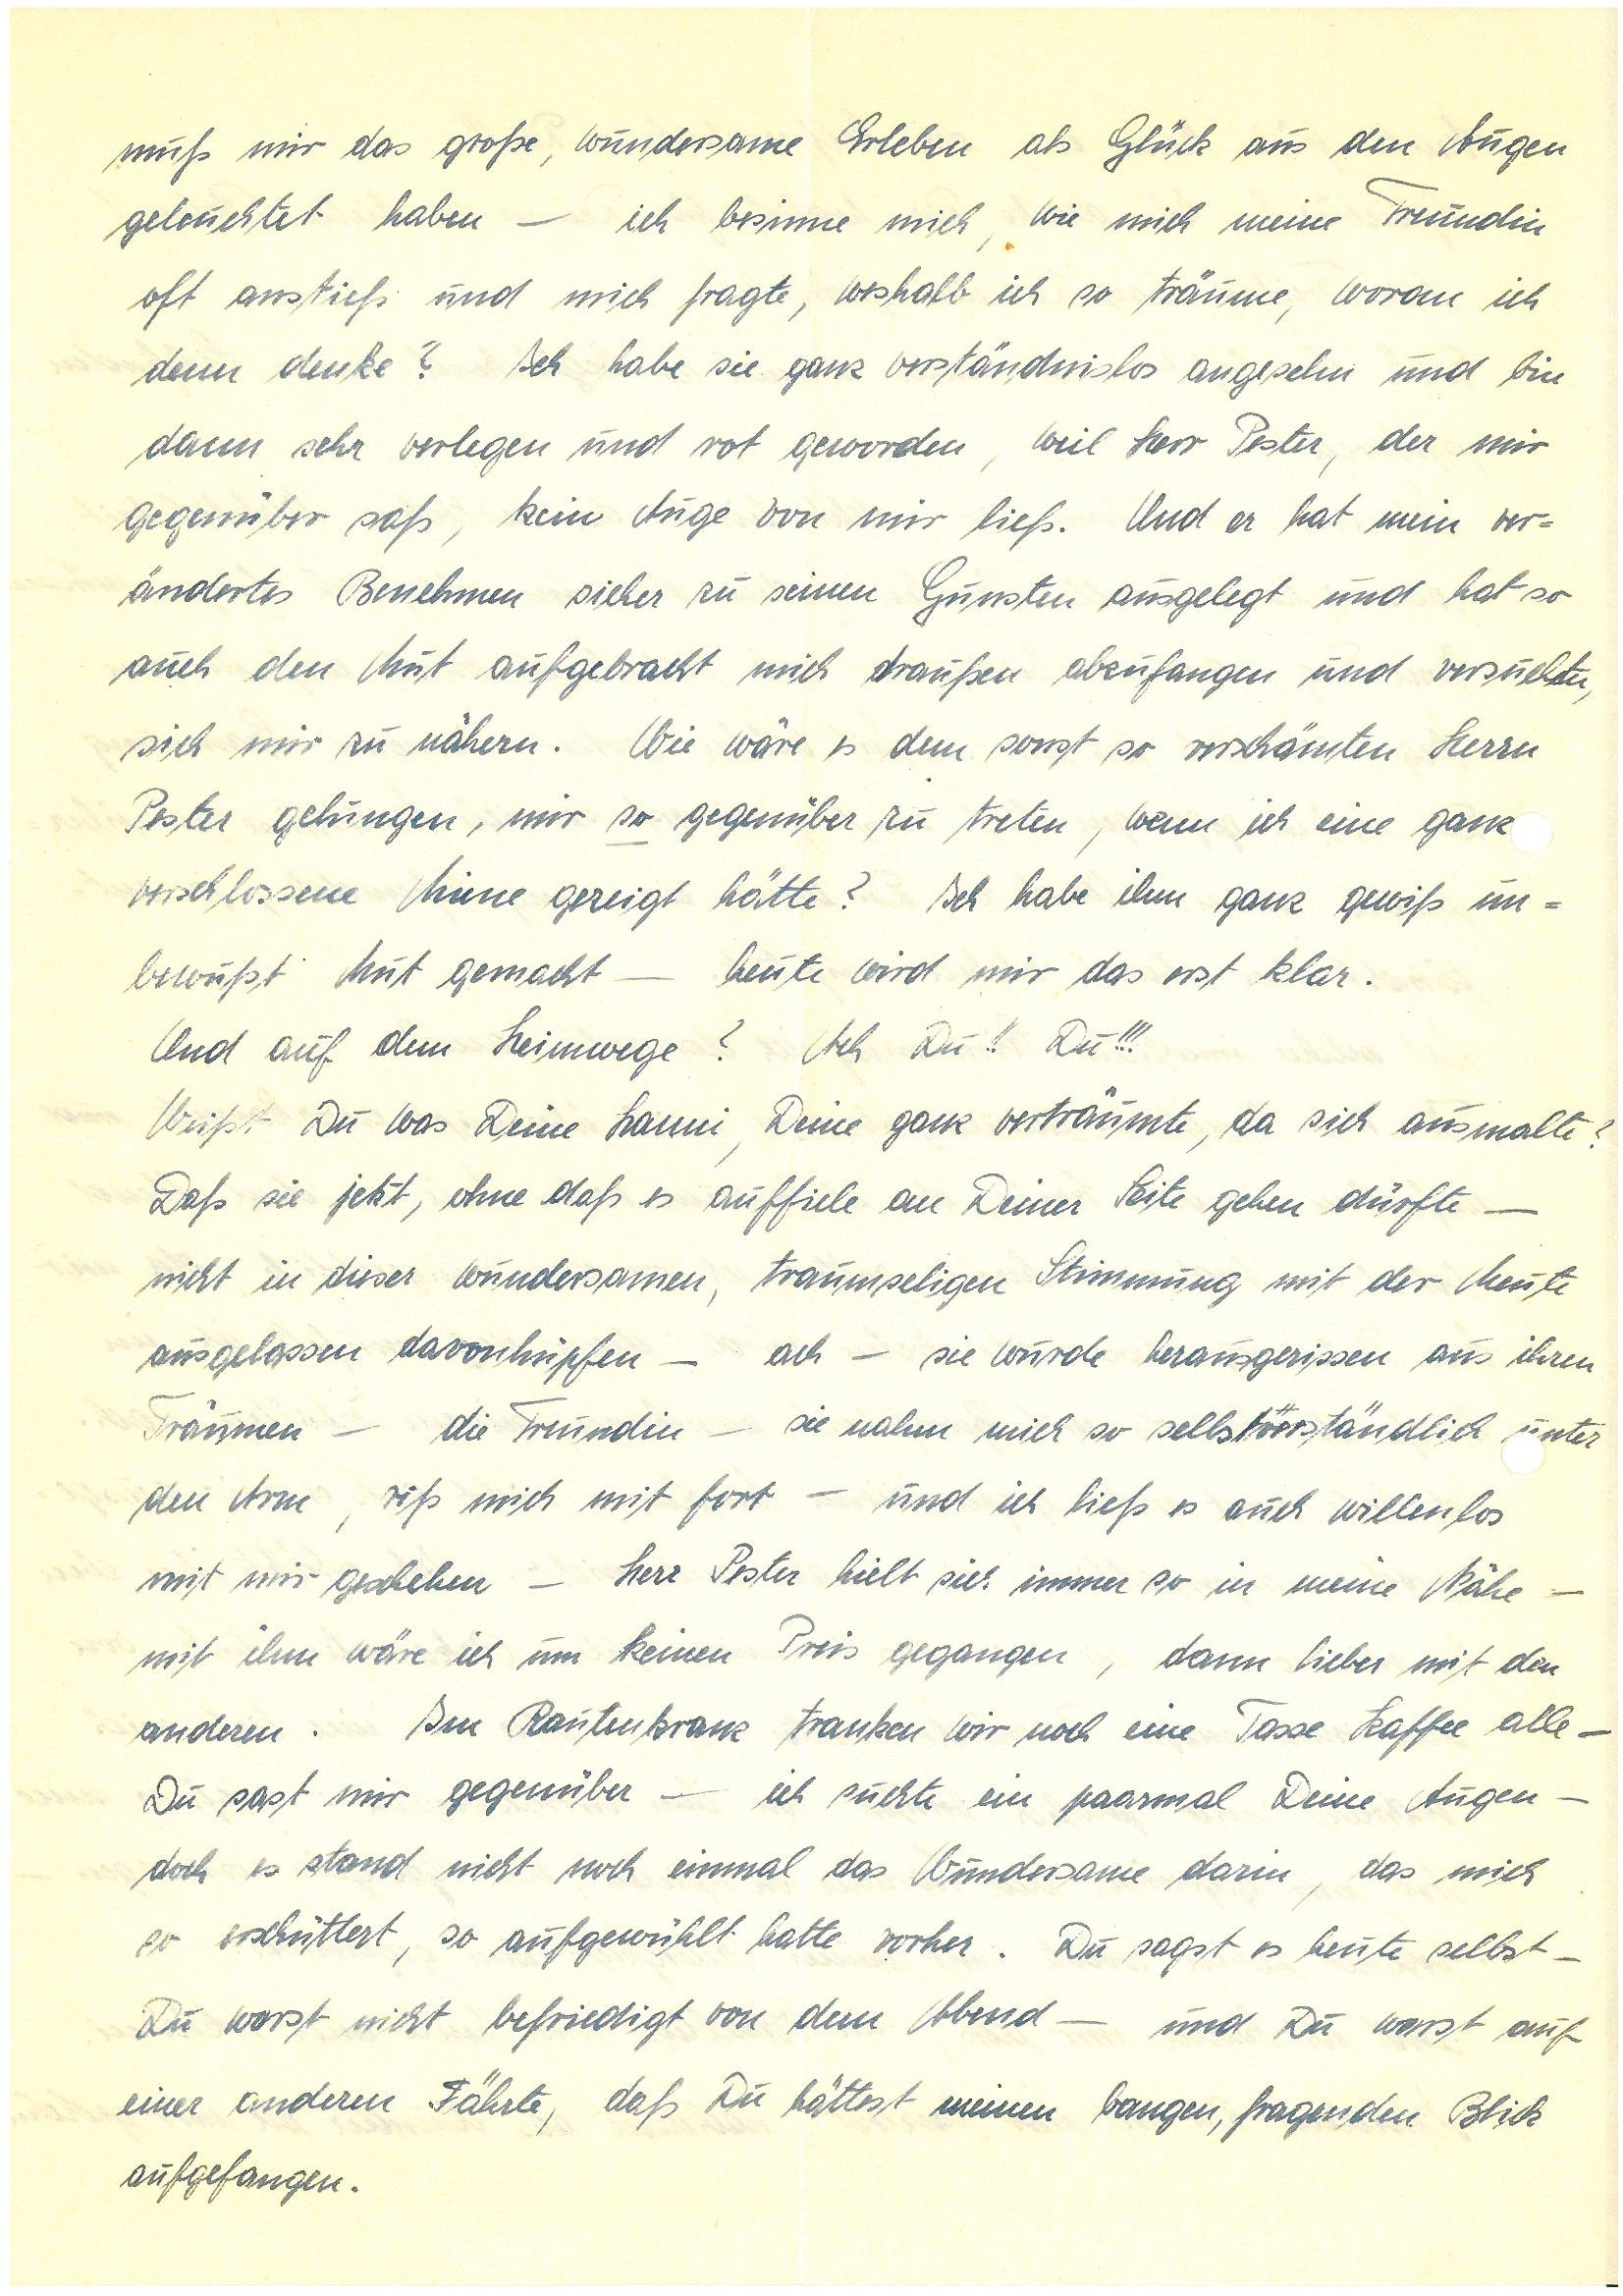
muß mir das große, wundersame Erleben als Glück aus den Augen
geleuchtet haben – ich besinne mich, wie mich meine Freundin
oft anstieß und mich fragte, weshalb ich so träume, woran ich
denn denke? Ich habe sie ganz verständnislos angesehn und bin
dann aber sehr verlegen und rot geworden, weil Herr P., der mir
gegenüber saß kein Auge von mir ließ. Und er hat mein ver¬
ändertes Benehmen sicher zu seinen Gunsten ausgelegt und hat so
auch den Mut aufgebracht mich draußen abzufangen und versuchte,
sich mir zu nähern. Wie wäre es dem sonst so verschämten Herrn
P. gelungen, mir so gegenüber zu treten, wenn ich eine ganz
verschlossene Miene gezeigt hätte? Ich habe ihm ganz gewiss un¬
bewusst Mut gemacht – heute wird mir das erst klar.
Und auf dem Heimwege? Ach Du!! Du!!!
Weißt Du was Deine , Deine ganz verträumte, da sich ausmalte?
Daß sie jetzt, ohne daß es auffiele an Deiner Seite gehen dürfte –
nicht in dieser wundersamen, traumseligen Stimmung mit der Meute
ausgelassen davonhüpfen – ach – sie wurde herausgerissen aus ihren
Träumen – die Freundin – sie nahm mich so selbstverständlich unter
den Arm, riß mich mit fort – und ich ließ es auch willenlos
mit mir geschehen – Herr P. hielt sich immer so in meiner Nähe –
mit ihm wäre ich um keinen Preis gegangen, dann lieber mit den
anderen. Im Rautenkranz tranken wir noch eine Tasse Kaffee alle –
Du sast mir gegenüber – ich suchte ein paarmal deine Augen –
doch es stand nicht noch einmal das Wundersame darin, das mich
so erschüttert, so aufgewühlt hatte vorher. Du sagst es heute selbst,
Du warst nicht befriedigt von dem Abend – und Du warst auf
einer anderen Fährte, daß Du hättest meinen langen, fragenden Blick
aufgefangen.